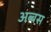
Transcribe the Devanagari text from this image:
अब्बस